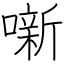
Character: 噺